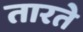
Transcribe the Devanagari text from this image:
तारते